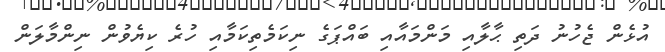
އުޅެން ޖެހުނު ދަތި ޙާލާއި މަންމައާއި ބައްޕަގެ ނިކަމެތިކަމާއި ހުރެ ކިޔެވުން ނިންމާލަން